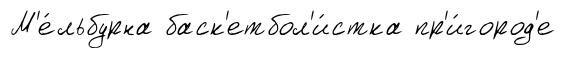
М'е́льбурна баск'етбол'и́стка пр'и́город'е